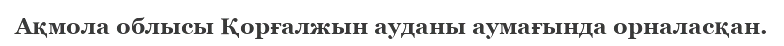
Ақмола облысы Қорғалжын ауданы аумағында орналасқан.